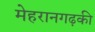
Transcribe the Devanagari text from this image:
मेहरानगढ़की